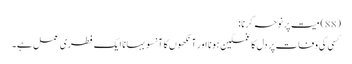
(88) میت پر نوحہ کرنا:
کسی کی وفات پر دل کا غمگین ہونا اور آنکھوں کا آنسو بہانا ایک فطری عمل ہے۔